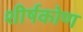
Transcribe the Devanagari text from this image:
शीर्षकोण